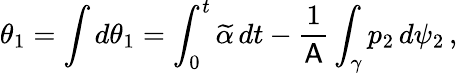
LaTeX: \theta_{1}=\int d\theta_{1}=\int_{0}^{t}\widetilde{\alpha}\, dt-\frac{1}{\mathsf{A}}\int_{\gamma}p_{2}\, d\psi_{2}\, ,